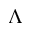
\Lambda